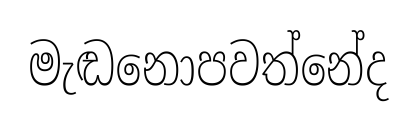
මැඬනොපවත්නේද